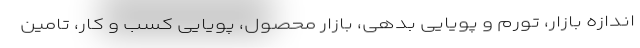
اندازه بازار، تورم و پویایی بدهی، بازار محصول، پویایی کسب و کار، تامین